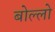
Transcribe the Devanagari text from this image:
बोल्लो